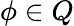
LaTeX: \phi\in Q